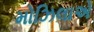
મોઝિલાએ